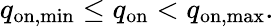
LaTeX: q_{\mathrm{on,min}}\leq q_{\mathrm{on}}<q_{\mathrm{on,max}}.